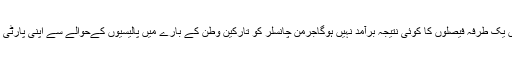
انہوں نے خبردار کیا کہ پناہ گزینوں کےبارے میں یک طرفہ فیصلوں کا کوئی نتیجہ برآمد نہیں ہوگاجرمن چانسلر کو تارکین وطن کے بارے میں پالیسیوں کےحوالے سے اپنی پارٹی کی جانب سے سخت تنقید کا نشانہ بنایا جارہا ہے۔